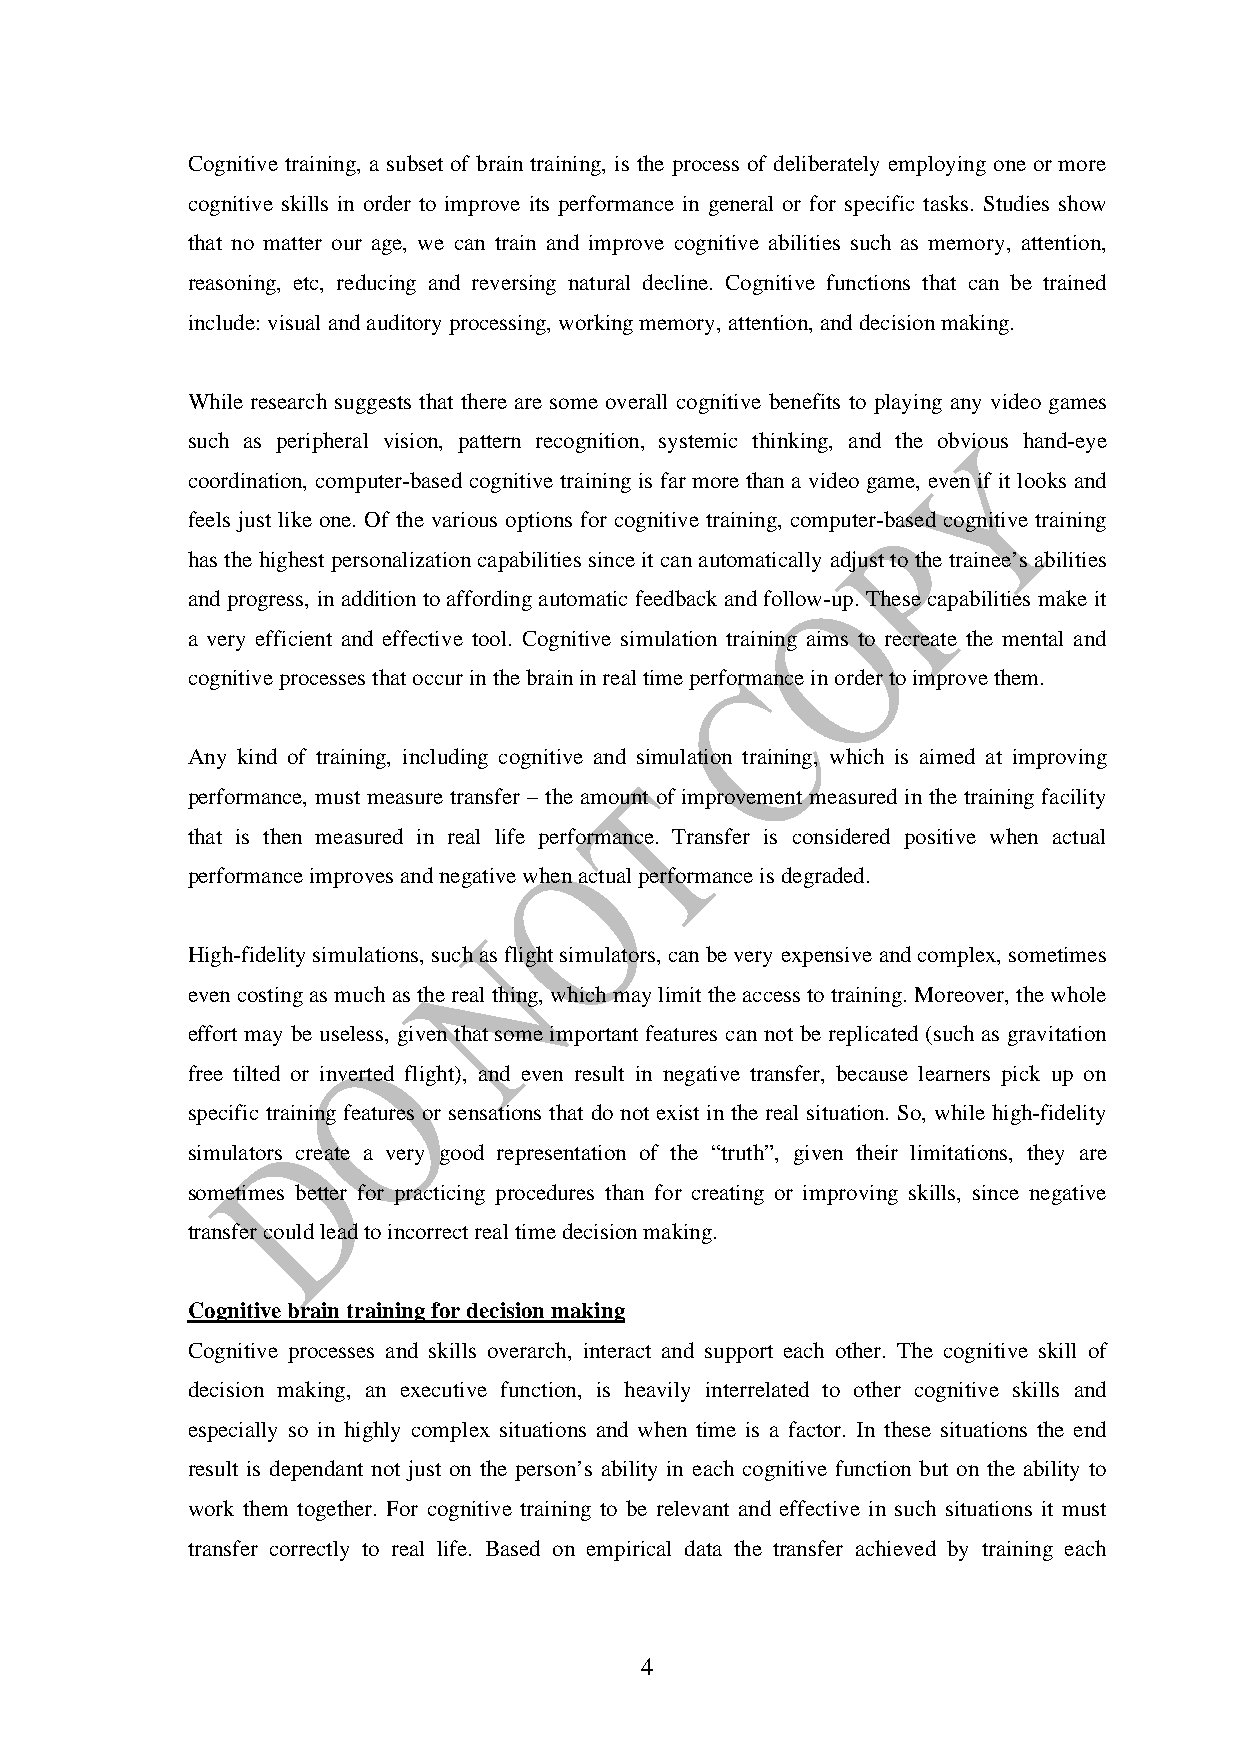
Cognitive training, a subset of brain training, is the process of deliberately employing one or more
 cognitive skills in order to improve its performance in general or for specific tasks. Studies show
 that no matter our age, we can train and improve cognitive abilities such as memory, attention,
 reasoning, etc, reducing and reversing natural decline. Cognitive functions that can be trained
 include: visual and auditory processing, working memory, attention, and decision making.
 While research suggests that there are some overall cognitive benefits to playing any video games
 such as peripheral vision, pattern recognition, systemic thinking, and the obvious hand-eye
 coordination, computer-based cognitive training is far more than a video game, even if it looks and
 feels just like one. Of the various options for cognitive training, computer-based cognitive training
 has the highest personalization capabilities since it can automatically adjust to the trainee’s abilities
 and progress, in addition to affording automatic feedback and follow-up. These capabilities make it
 a very efficient and effective tool. Cognitive simulation training aims to recreate the mental and
 cognitive processes that occur in the brain in real time performance in order to improve them.
 Any kind of training, including cognitive and simulation training, which is aimed at improving
 performance, must measure transfer – the amount of improvement measured in the training facility
 that is then measured in real life performance. Transfer is considered positive when actual
 performance improves and negative when actual performance is degraded.
 High-fidelity simulations, such as flight simulators, can be very expensive and complex, sometimes
 even costing as much as the real thing, which may limit the access to training. Moreover, the whole
 effort may be useless, given that some important features can not be replicated (such as gravitation
 free tilted or inverted flight), and even result in negative transfer, because learners pick up on
 specific training features or sensations that do not exist in the real situation. So, while high-fidelity
 simulators create a very good representation of the “truth”, given their limitations, they are
 sometimes better for practicing procedures than for creating or improving skills, since negative
 transfer could lead to incorrect real time decision making.
 Cognitive brain training for decision making
 Cognitive processes and skills overarch, interact and support each other. The cognitive skill of
 decision making, an executive function, is heavily interrelated to other cognitive skills and
 especially so in highly complex situations and when time is a factor. In these situations the end
 result is dependant not just on the person’s ability in each cognitive function but on the ability to
 work them together. For cognitive training to be relevant and effective in such situations it must
 transfer correctly to real life. Based on empirical data the transfer achieved by training each
 4